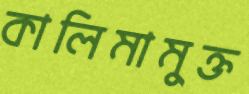
কালিমামুক্ত